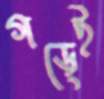
গড়েই